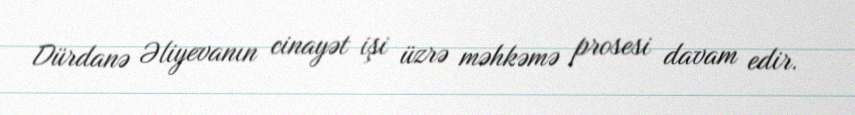
Dürdanə Əliyevanın cinayət işi üzrə məhkəmə prosesi davam edir.